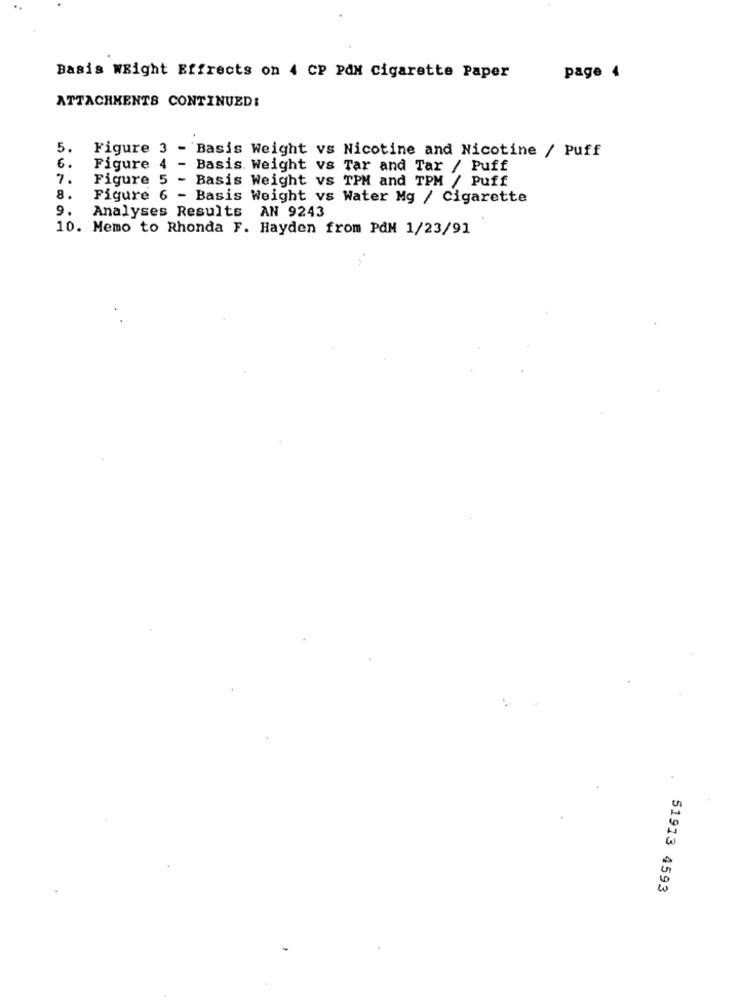
Basis WRight Effrects on 4 CP PAN Cigarette Paper
page 4
ATTACHMENTS CONTINUED:
5. Figure 3 - Basis Weight vs Nicotine and Nicotine / Puff
6.
Figure 4 - Basis. Weight vs Tar and Tar / Puff
7.
Figure 5 - Basis Weight vs TPM and TPM / Puff
8.
Figure 6 - Basis Weight vs Water Mg / Cigarette
9.
Analyses Results AN 9243
10. Memo to Rhonda F. Hayden from PAM 1/23/91
51913 4593